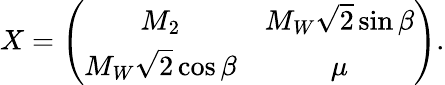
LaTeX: X=\left(\begin{array}{cc}{{M_{2}}}&{{M_{W}\sqrt 2\sin\beta}}\\ {{M_{W}\sqrt 2\cos\beta}}&{{\mu}}\end{array}\right).